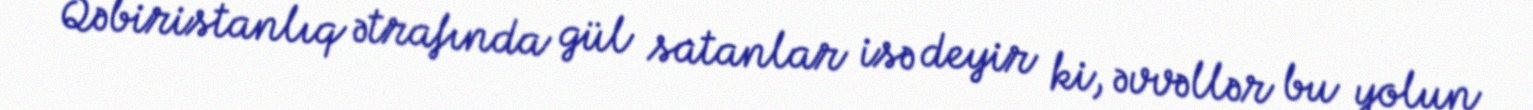
Qəbiristanlıq ətrafında gül satanlar isə deyir ki, əvvəllər bu yolun